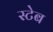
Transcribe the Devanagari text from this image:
स्टेब